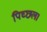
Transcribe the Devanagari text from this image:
पिच्छल।